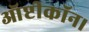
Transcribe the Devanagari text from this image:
ऑप्टीकॉन।